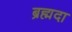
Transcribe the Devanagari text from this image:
ब्रह्मदा